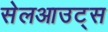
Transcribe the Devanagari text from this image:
सेलआउट्स